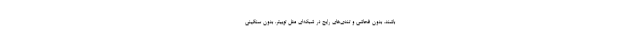
باشند. بدون فحاشي و تندي‌هاي رايج در شبكه‌اي مثل توييتر. بدون سنگيني